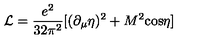
{ \cal L } = \frac { e ^ { 2 } } { 3 2 \pi ^ { 2 } } [ ( \partial _ { \mu } \eta ) ^ { 2 } + M ^ { 2 } \mathrm { c o s } \eta ]